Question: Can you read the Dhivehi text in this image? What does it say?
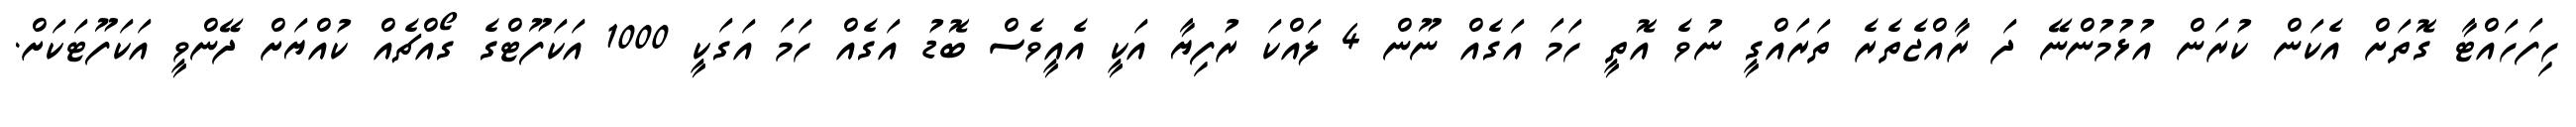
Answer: ހިފަހައްޓާ ގޮތަށް އެކަން ކުރަން އުޅުމުންނޭ ދަ ރާއްޖެތެރެ ތަރައްގީ ނުވެ އޮތީ ހަމަ އަގެއް ނޫން 4 ލައްކަ ރުފިޔާ އަކީ އެއީވެސް ބޮޑު އަގެއް ހަމަ އަގަކީ 1000 އަކަފޫޓްގެ ގޯއްޗެއް ކުއްޔަށް ދޭންވީ އަކަފޫޓަކަށް.